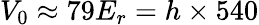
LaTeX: V_{0}\approx 79E_{r}=h\times 540